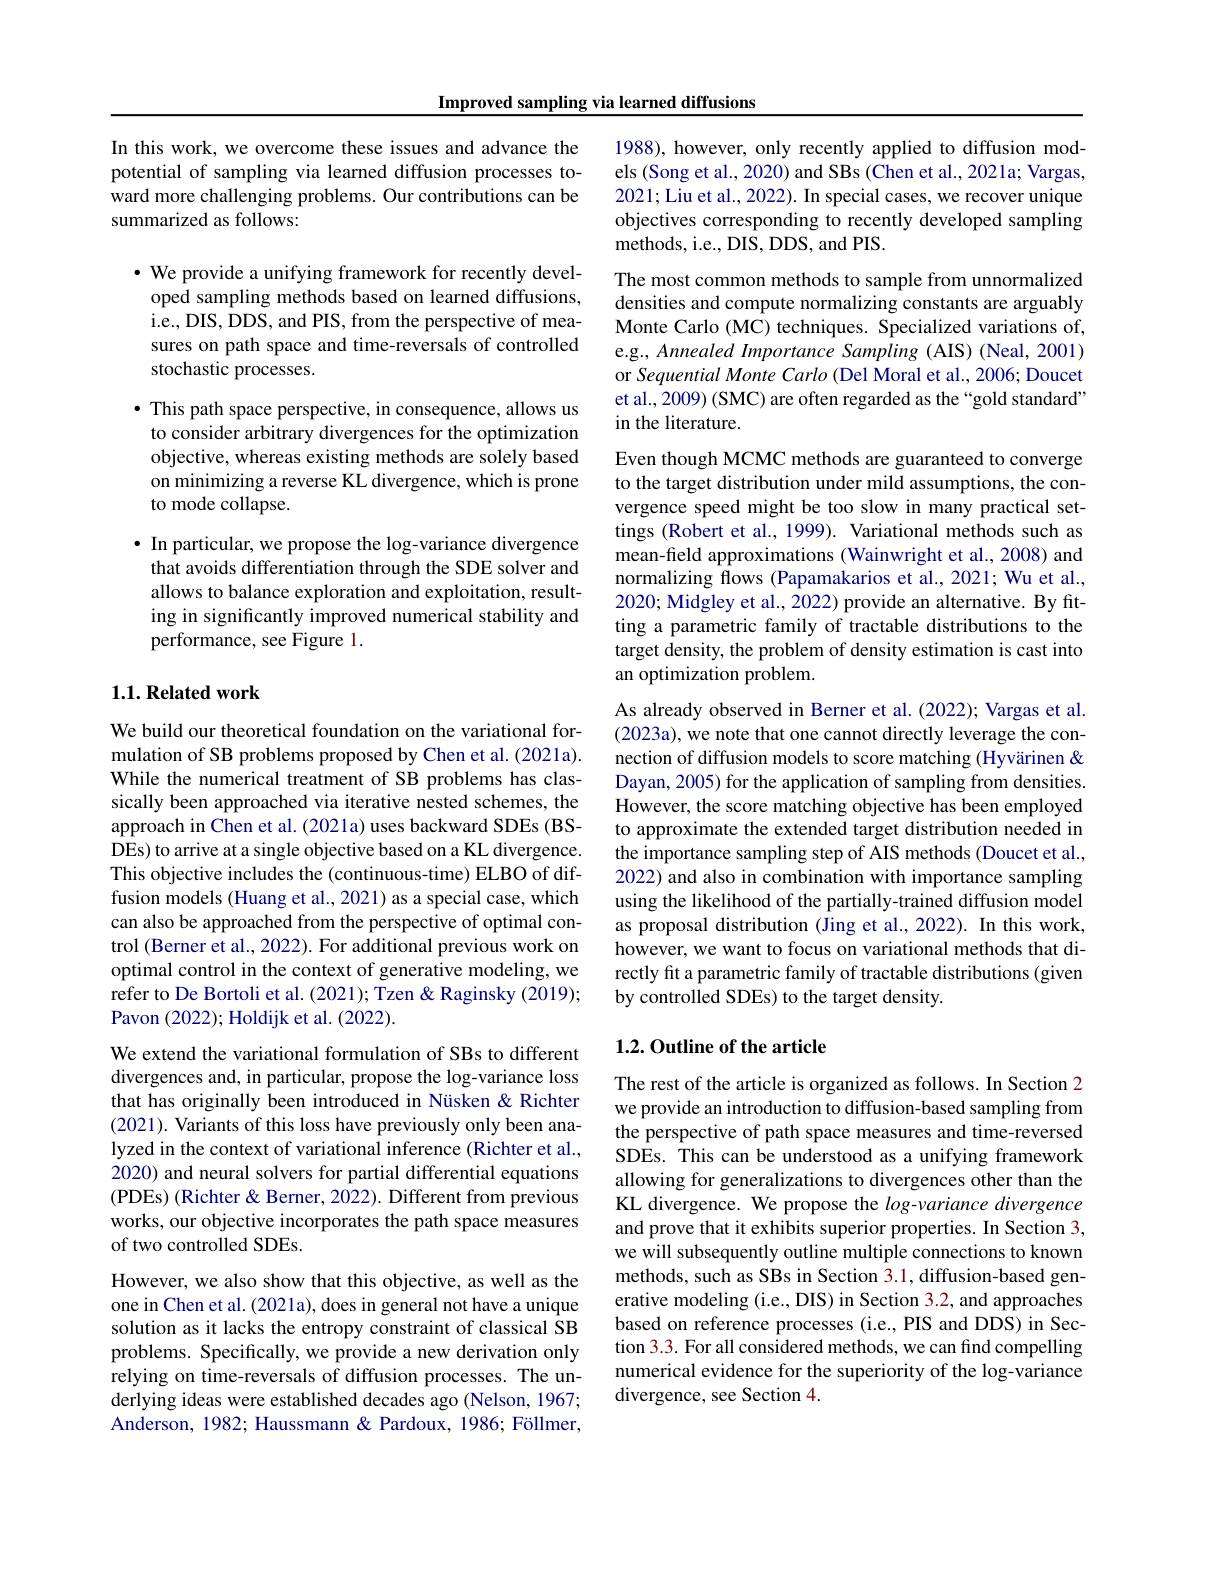
Improved sampling via learned diffusions

In this work, we overcome these issues and advance the potential of sampling via learned diffusion processes toward more challenging problems. Our contributions can be summarized as follows:

$\bullet$ We provide a unifying framework for recently developed sampling methods based on learned diffusions, i.e., DIS, DDS, and PIS, from the perspective of measures on path space and time-reversals of controlled stochastic processes.

$\bullet$ This path space perspective, in consequence, allows us to consider arbitrary divergences for the optimization objective, whereas existing methods are solely based on minimizing a reverse KL divergence, which is prone to mode collapse.

$\bullet$ In particular, we propose the log-variance divergence that avoids differentiation through the SDE solver and allows to balance exploration and exploitation, resulting in significantly improved numerical stability and performance, see Figure 1.

## $1. 1. \textbf{Related work}$

We build our theoretical foundation on the variational formulation of SB problems proposed by Chen et al. (2021a). While the numerical treatment of SB problems has classically been approached via iterative nested schemes, the approach in Chen et al. (2021a) uses backward SDEs (BSDEs) to arrive at a single objective based on a KL divergence. This objective includes the (continuous-time) ELBO of diffusion models (Huang et al., 2021) as a special case, which can also be approached from the perspective of optimal control (Berner et al., 2022). For additional previous work on optimal control in the context of generative modeling, we refer to De Bortoli et al. (2021); Tzen & Raginsky (2019); Pavon (2022);Holdijk et al.(2022).

We extend the variational formulation of SBs to different divergences and, in particular, propose the log-variance loss that has originally been introduced in Nüsken &Richter (2021). Variants of this loss have previously only been analyzed in the context of variational inference (Richter et al., 2020) and neural solvers for partial differential equations (PDEs) (Richter& Berner, 2022). Different from previous works, our objective incorporates the path space measures of two controlled SDEs.

However, we also show that this objective, as well as the one in Chen et al. (2021a), does in general not have a unique solution as it lacks the entropy constraint of classical SB problems. Specifically, we provide a new derivation only relying on time-reversals of diffusion processes. The underlying ideas were established decades ago (Nelson, 1967; Anderson, 1982; Haussmann & Pardoux, 1986; Föllmer,

1988), however, only recently applied to diffusion models (Song et al., 2020) and SBs (Chen et al., 2021a; Vargas, 2021; Liu et al., 2022). In special cases, we recover unique objectives corresponding to recently developed sampling methods, i.e., DIS, DDS, and PIS.

The most common methods to sample from unnormalized densities and compute normalizing constants are arguably Monte Carlo (MC) techniques. Specialized variations of, e.g., Annealed Importance Sampling (AIS) (Neal, 2001) or Sequential Monte Carlo (Del Moral et al., 2006; Doucet et al., 2009) ( SMC) are often regarded as the “gold standard” in the literature.

Even though MCMC methods are guaranteed to converge to the target distribution under mild assumptions, the convergence speed might be too slow in many practical settings (Robert et al., 1999). Variational methods such as mean-field approximations (Wainwright et al., 2008) and normalizing flows (Papamakarios et al., 2021; Wu et al., 2020; Midgley et al., 2022) provide an alternative. By fitting a parametric family of tractable distributions to the target density, the problem of density estimation is cast into an optimization problem.
As already observed in Berner et al. (2022); Vargas et al. (2023a), we note that one cannot directly leverage the connection of diffusion models to score matching (Hyvärinen &

Dayan, 2005) for the application of sampling from densities. However, the score matching objective has been employed to approximate the extended target distribution needed in the importance sampling step of AIS methods (Doucet et al., 2022) and also in combination with importance sampling using the likelihood of the partially-trained diffusion model as proposal distribution (jing et al.,2022). In this work, however, we want to focus on variational methods that directly fit a parametric family of tractable distributions (given by controlled SDEs) to the target density.

## 1.2.Outline of the article

The rest of the article is organized as follows. In Section 2 we provide an introduction to diffusion-based sampling from the perspective of path space measures and time-reversed SDEs. This can be understood as a unifying framework allowing for generalizations to divergences other than the KL divergence. We propose the $log-variance$ divergence and prove that it exhibits superior properties. In Section 3, we will subsequently outline multiple connections to known methods, such as SBs in Section 3.1, diffusion-based generative modeling (i.e., DIS) in Section 3.2, and approaches based on reference processes (i.e., PIS and DDS) in Section 3.3. For all considered methods, we can find compelling numerical evidence for the superiority of the log-variance divergence, see Section 4.